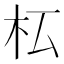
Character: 𣏇